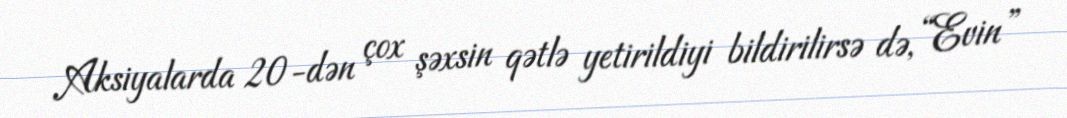
Aksiyalarda 20-dən çox şəxsin qətlə yetirildiyi bildirilirsə də, “Evin”